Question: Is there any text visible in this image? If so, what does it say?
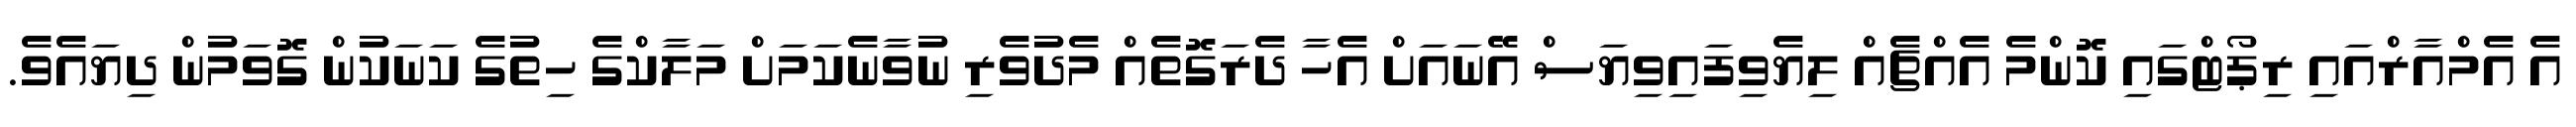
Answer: އެ އެމްއާރްއައި ރިޕޯޓްގައި ކޮންމެ އެއްޗެއް ލިޔެވިފައިވިޔަސް އޭނައަށް އެހާ ދެރަގޮތެއް މެދުވެރި ނުވާނެކަމަށް މަލާކްގެ ހިތުގެ ކަނަކުން ގޮވަމުން ދިޔައެވެ.